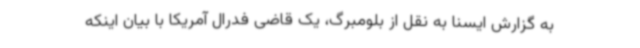
به گزارش ایسنا به نقل از بلومبرگ، یک قاضی فدرال آمریکا با بیان اینکه